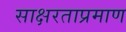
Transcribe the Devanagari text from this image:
साक्षरताप्रमाण